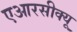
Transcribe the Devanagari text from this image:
एआरसीक्यू